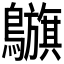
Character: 𪇥